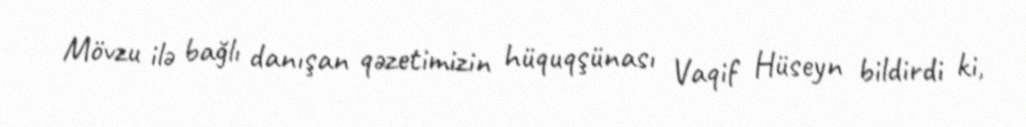
Mövzu ilə bağlı danışan qəzetimizin hüquqşünası Vaqif Hüseyn bildirdi ki,